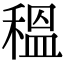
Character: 𥠺